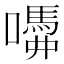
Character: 𡂣